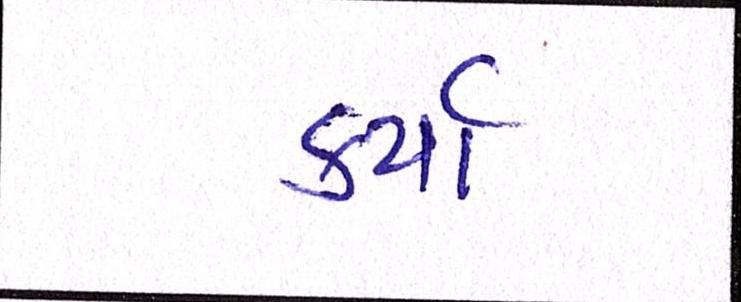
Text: કર્યાં